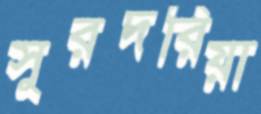
সুরদরিয়া